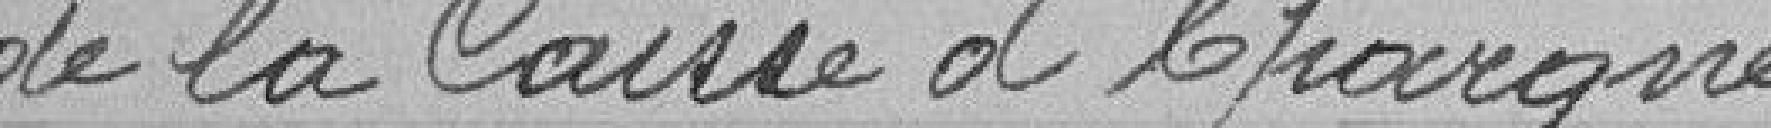
de la Caisse d'Epargne.